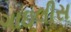
ગાઇલીસ